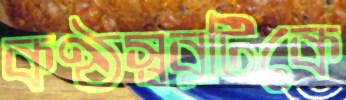
কণ্ঠস্বরটিকে